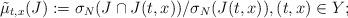
LaTeX: \begin{align*}\tilde\mu_{t,x}(J):=\sigma_N(J\cap J(t,x))/\sigma_N(J(t,x)),(t,x)\in Y;\end{align*}